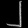
Digit: ၂